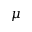
\mu